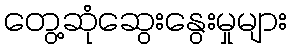
တွေ့ဆုံဆွေးနွေးမှုများ